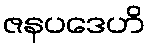
ဇနပဒေဟိ